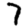
Digit: 7